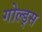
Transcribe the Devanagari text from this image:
गोल्ड्स